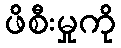
ဖိစီးမှုကို